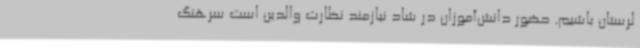
لرستان باشیم. حضور دانش‌آموزان در شاد نیازمند نظارت والدین است سرهنگ